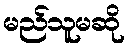
မည်သူမဆို